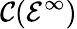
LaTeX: {\mathcal{C}}({\mathcal{E}}^{\infty})